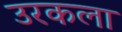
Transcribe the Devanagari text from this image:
उरकला